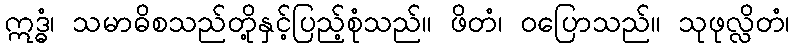
ဣဒ္ဓံ၊ သမာဓိစသည်တို့နှင့်ပြည့်စုံသည်။ ဖိတံ၊ ဝပြောသည်။ သုဖုလ္လိတံ၊